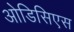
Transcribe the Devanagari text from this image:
ओडिसिएस